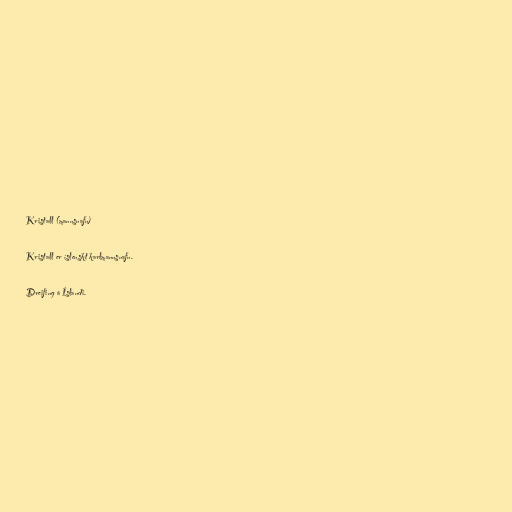
Kristall (mannsnafn)

Kristall er íslenskt karlmannsnafn.

Dreifing á Íslandi.